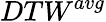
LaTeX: {DTW}^{avg}